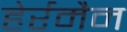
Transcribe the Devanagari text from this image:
हेर्रमैन